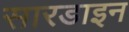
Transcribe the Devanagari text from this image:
सारडाइन